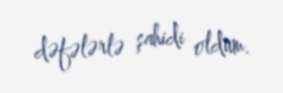
dəfələrlə şahidi oldum.